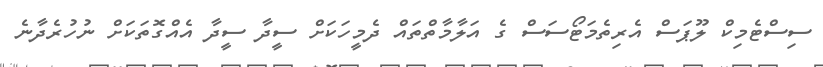
ސިސްޓެމިކް ލޫޕަސް އެރިތެމަޓޯސަސް ގެ އަލާމާތްތައް ދެމީހަކަށް ސީދާ ސީދާ އެއްގޮތަކަށް ނުހުރެދާނެ